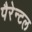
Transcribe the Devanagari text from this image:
पैरेन्टल